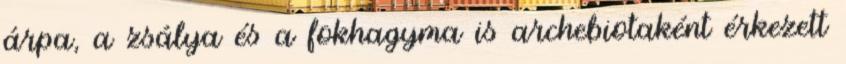
árpa, a zsálya és a fokhagyma is archebiotaként érkezett